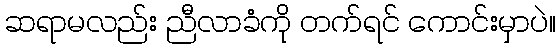
ဆရာမလည်း ညီလာခံကို တက်ရင် ကောင်းမှာပဲ။